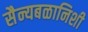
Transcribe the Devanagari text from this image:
सैन्यबळानिशी